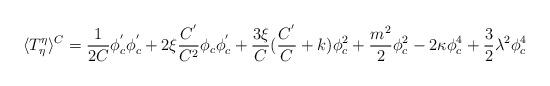
LaTeX: \begin{align*}\langle T_\eta ^\eta \rangle ^C=\frac 1{2C}\phi _c^{^{\prime}}\phi _c^{^{\prime }}+2\xi \frac{C^{^{\prime }}}{C^2}\phi _c\phi_c^{^{\prime }}+\frac{3\xi }C(\frac{C^{^{\prime }}}C+k)\phi _c^2+\frac{m^2}2\phi _c^2-2\kappa \phi _c^4+\frac 32\lambda ^2\phi _c^4\end{align*}